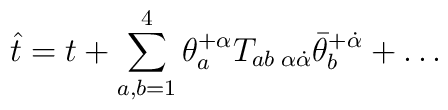
\hat t = t + \sum^4_{a,b=1}\theta^{+\alpha}_aT_{ab\;\alpha\dot\alpha}\bar\theta^{+\dot\alpha}_b + \ldots